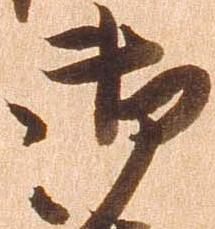
御